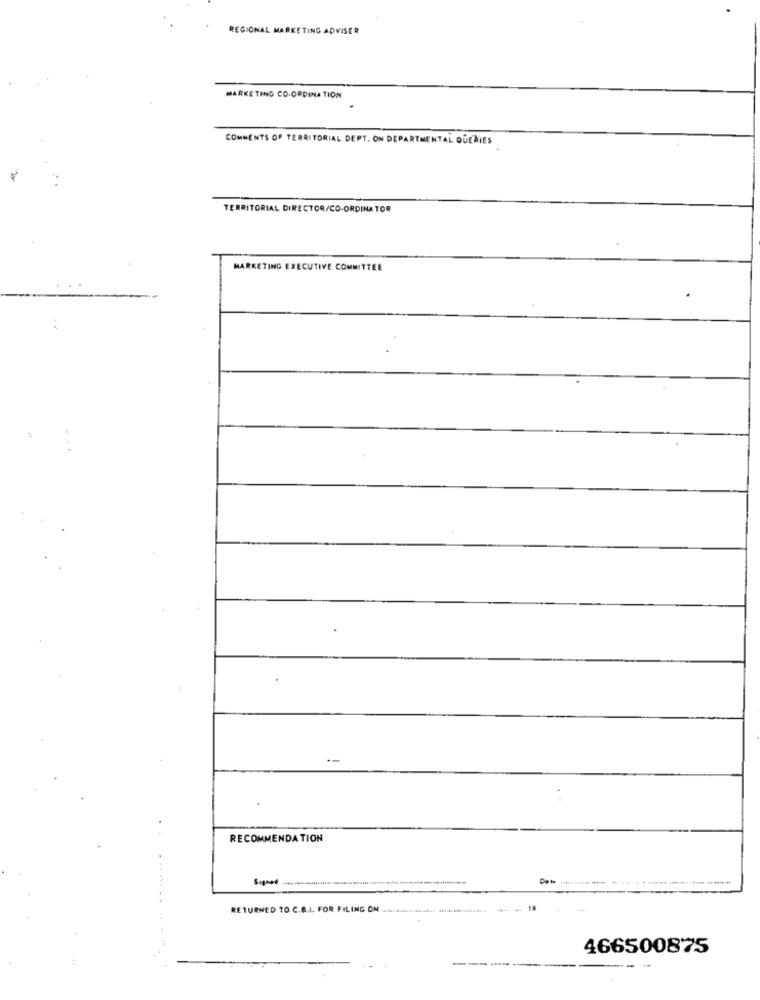
REGIONAL MARKETING ADVISER
MARKETING CO-ORDINA TION
COMMENTS OF TERRITORIAL DEPT. ON DEPARTMENTAL QUERIES
TERRITORIAL DIRECTOR/CO-ORDINATOR
MARKETING EXECUTIVE COMMITTEE
RECOMMENDATION
Signed -
RETURNED TO C.B.I. FOR FILING ON
466500875